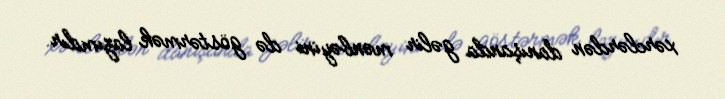
xərclərdən danışanda gəlir mənbəyini də göstərmək lazımdır.